Indian journal of veterinary science and animal husbandry - Volumes 15-17, 1948-1951
Year: 1948
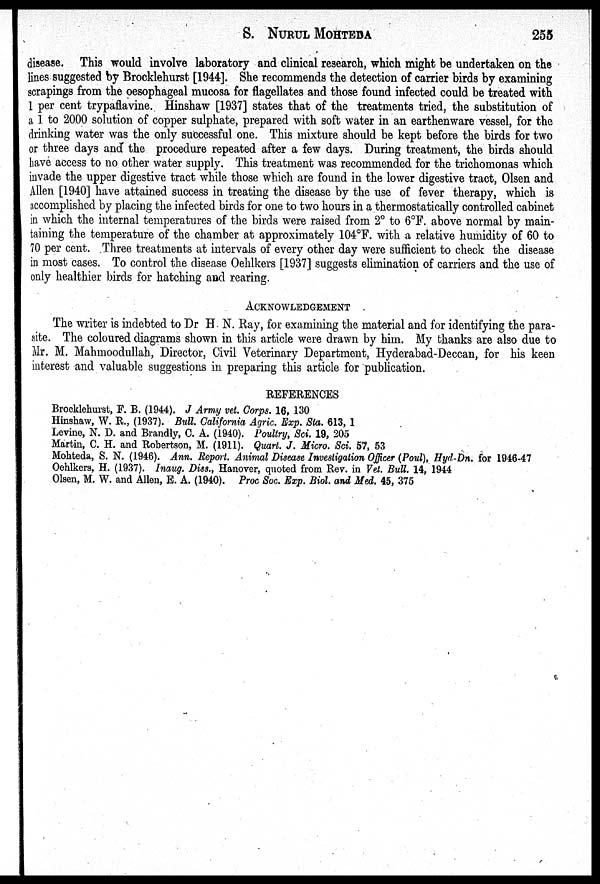
S. NURUL MOHTEDA
255
disease. This would involve laboratory and clinical research, which might be undertaken on the
lines suggested by Brocklehurst [1944]. She recommends the detection of carrier birds by examining
scrapings from the oesophageal mucosa for flagellates and those found infected could be treated with
1 per cent trypaflavine. Hinshaw [1937] states that of the treatments tried, the substitution of
a 1 to 2000 solution of copper sulphate, prepared with soft water in an earthenware vessel, for the
drinking water was the only successful one. This mixture should be kept before the birds for two
or three days and the procedure repeated after a few days. During treatment, the birds should
have access to no other water supply. This treatment was recommended for the trichomonas which
invade the upper digestive tract while those which are found in the lower digestive tract, Olsen and
Allen [1940] have attained success in treating the disease by the use of fever therapy, which is
accomplished by placing the infected birds for one to two hours in a thermostatically controlled cabinet
in which the internal temperatures of the birds were raised from 2º to 6ºF. above normal by main-
taining the temperature of the chamber at approximately 104°F. with a relative humidity of 60 to
70 per cent. Three treatments at intervals of every other day were sufficient to check the disease
in most cases. To control the disease Oehlkers [1937] suggests elimination of carriers and the use of
only healthier birds for hatching and rearing.
ACKNOWLEDGEMENT
The writer is indebted to Dr H. N. Ray, for examining the material and for identifying the para-
site. The coloured diagrams shown in this article were drawn by him. My thanks are also due to
Mr. M. Mahmoodullah, Director, Civil Veterinary Department, Hyderabad-Deccan, for his keen
interest and valuable suggestions in preparing this article for publication.
REFERENCES
Brocklehurst, F. B. (1944). J Army vet. Corps. 16, 130
Hinshaw, W. R., (1937). Bull. California Agric. Exp. Sta. 613, 1
Levine, N. D. and Brandly, C. A. (1940). Poultry, Sci. 19, 205
Martin, C. H. and Robertson, M. (1911). Quart. J. Micro. Sci. 57, 53
Mohteda, S. N. (1946). Ann. Report. Animal Disease Investigation Officer (Poul), Hyd-Dn. for 1946-47
Oehlkers, H. (1937). Inaug. Diss., Hanover, quoted from Rev. in Vet. Bull. 14, 1944
Olsen, M. W. and Allen, E. A. (1940). Proc Soc. Exp. Biol. and Med. 45, 375